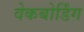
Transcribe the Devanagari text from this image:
वेकबोर्डिंग